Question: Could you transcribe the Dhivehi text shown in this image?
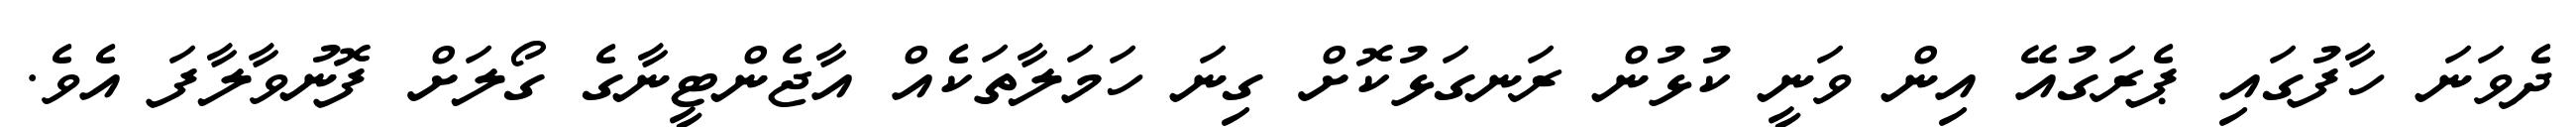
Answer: ދެވަނަ ހާފުގައި ޕެރަގުއޭ އިން ވަނީ ކުޅުން ރަނގަޅުކޮށް ގިނަ ހަމަލާތަކެއް އާޖެންޓީނާގެ ގޯލަށް ފޮނުވާލާފަ އެވެ.